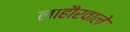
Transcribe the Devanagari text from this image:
लाहौरवाले